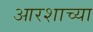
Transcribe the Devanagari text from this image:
आरशाच्या